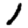
Digit: 1